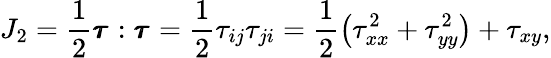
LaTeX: J_{2}=\frac{1}{2}\pmb{\tau_{}}:\pmb{\tau_{}}=\frac{1}{2}\tau_{ij}\tau_{ji}=\frac{1}{2}\left(\tau_{xx}^{2}+\tau_{yy}^{2}\right)+\tau_{xy},